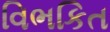
વિભકિત